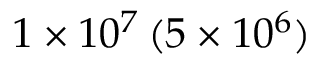
1 \times 1 0 ^ { 7 } \, ( 5 \times 1 0 ^ { 6 } )